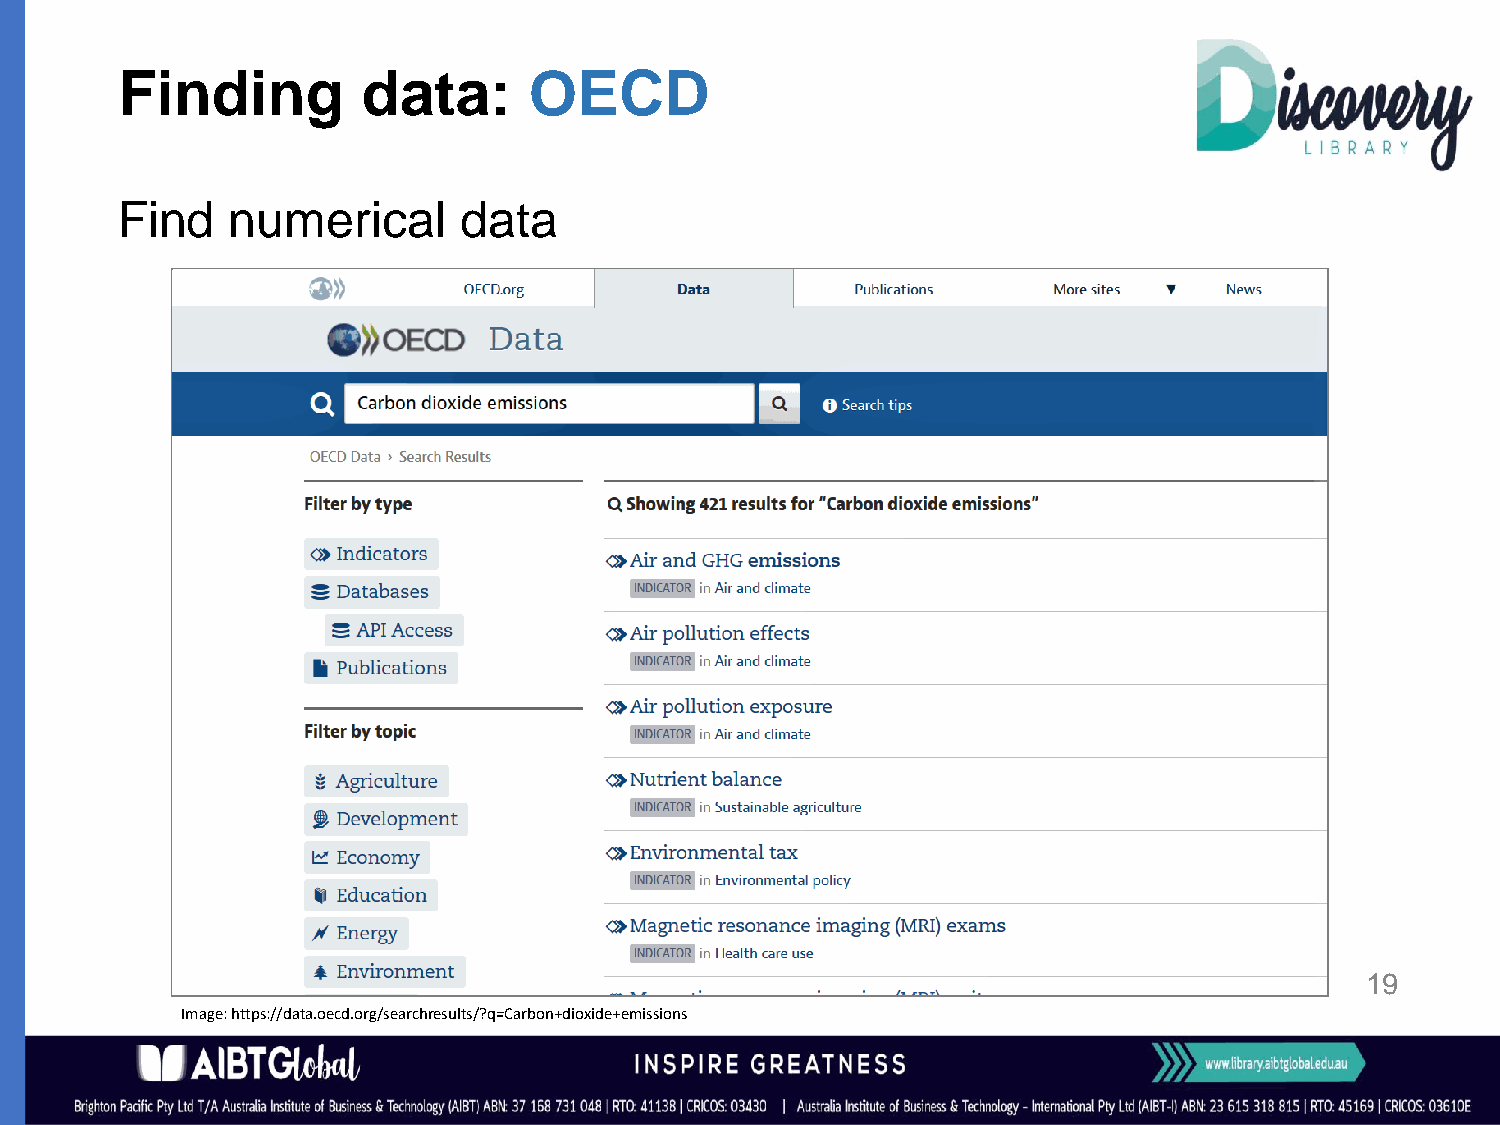
Finding         data:      OECD
 Find   numerical      data
 19
 Image: https://data.oecd.org/searchresults/?q=Carbon+dioxide+emissions